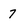
Character: 7